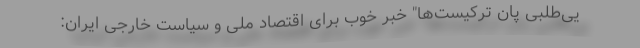
یی‌طلبی پان ترکیست‌ها" خبر خوب برای اقتصاد ملی و سیاست خارجی ایران: